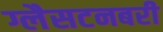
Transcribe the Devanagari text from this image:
ग्लैसटनबरी